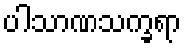
ပါသာဏသက္ခရာ